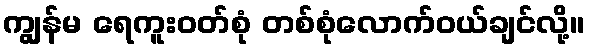
ကျွန်မ ရေကူးဝတ်စုံ တစ်စုံလောက်ဝယ်ချင်လို့။